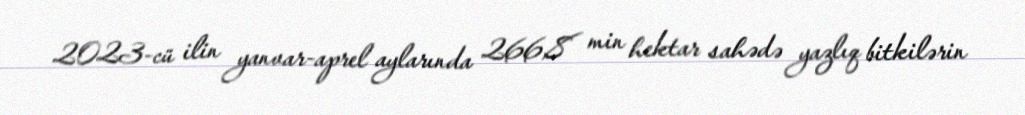
2023-cü ilin yanvar-aprel aylarında 266,8 min hektar sahədə yazlıq bitkilərin